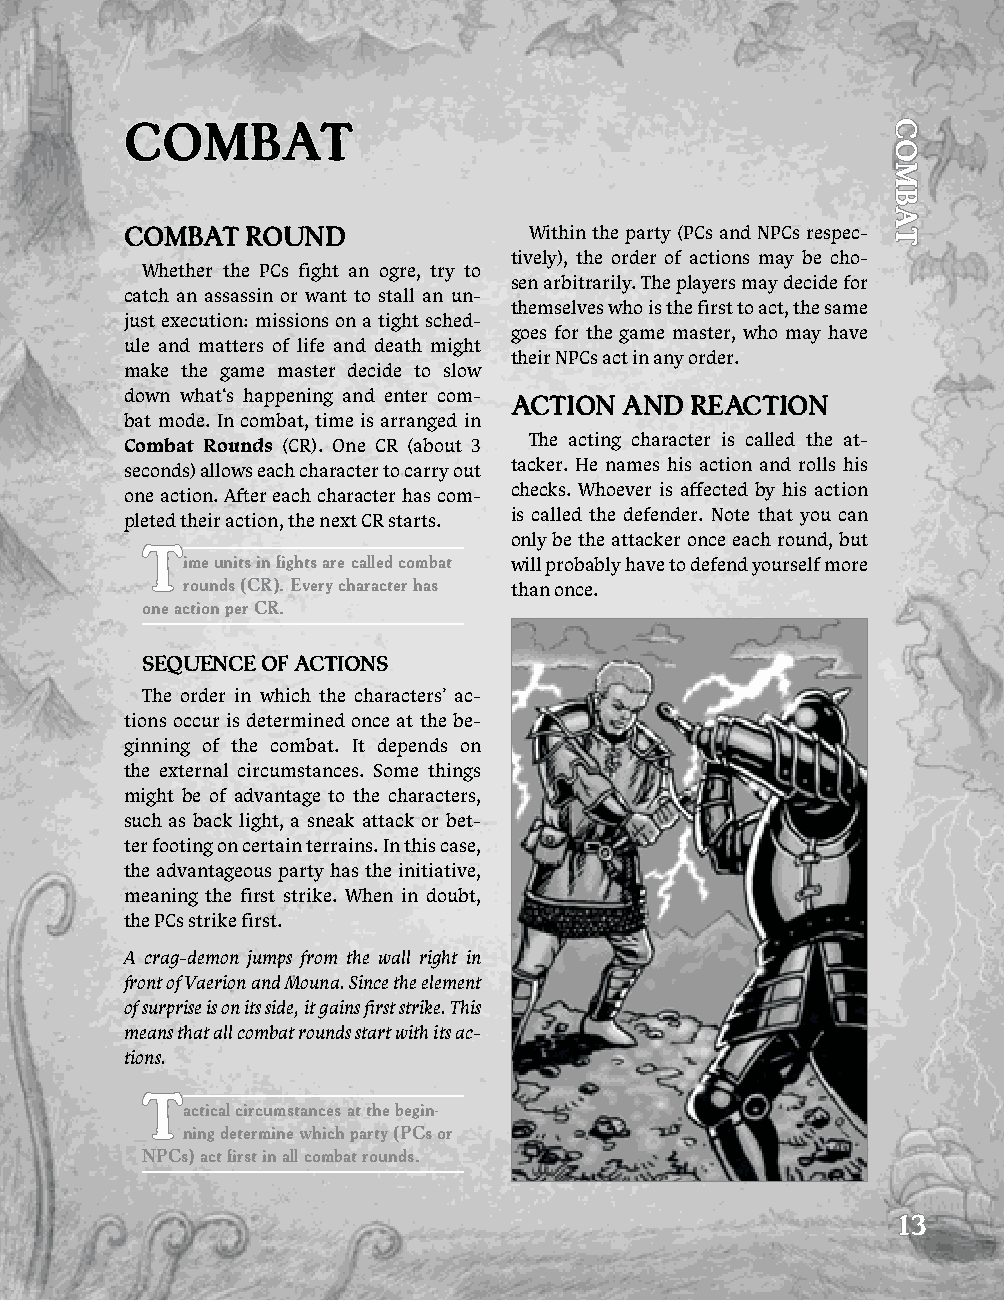
COmBaT
 COmBaT  rOuNd              Within the party (PCs and NPCs respec-
 tively), the order of actions may be cho-
 Whether the PCs fight an ogre, try to
 sen arbitrarily. The players may decide for
 catch an assassin or want to stall an un-
 themselves who is the first to act, the same
 just execution: missions on a tight sched-
 goes for the game master, who may have
 ule and matters of life and death might
 their NPCs act in any order.
 make the game master decide to slow
 down what‘s happening and enter com- aCTiON aNd rEaCTiON
 bat mode. In combat, time is arranged in
 The acting character is called the at-
 Combat Rounds (CR). One CR (about 3
 tacker. He names his action and rolls his
 seconds) allows each character to carry out
 checks. Whoever is affected by his action
 one action. After each character has com-
 is called the defender. Note that you can
 pleted their action, the next CR starts.
 only be the attacker once each round, but
 T
 ime units in fights are called combat will probably have to defend yourself more
 rounds (Cr). Every character has than once.
 one action per Cr.
 SEquENCE OF aCTiONS
 The order in which the characters’ ac-
 tions occur is determined once at the be-
 ginning of the combat. It depends on
 the external circumstances. Some things
 might be of advantage to the characters,
 such as back light, a sneak attack or bet-
 ter footing on certain terrains. In this case,
 the advantageous party has the initiative,
 meaning the first strike. When in doubt,
 the PCs strike first.
 A crag-demon jumps from the wall right in
 front of Vaerion and Mouna. Since the element
 of surprise is on its side, it gains first strike. This
 means that all combat rounds start with its ac-
 tions.
 T
 actical circumstances at the begin-
 ning determine which party (PCs or
 NPCs) act first in all combat rounds.
 13
 COmBaT